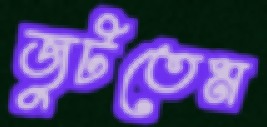
জুটতেম